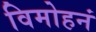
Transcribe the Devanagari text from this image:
विमोहनं